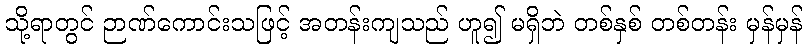
သို့ရာတွင် ဉာဏ်ကောင်းသဖြင့် အတန်းကျသည် ဟူ၍ မရှိဘဲ တစ်နှစ် တစ်တန်း မှန်မှန်